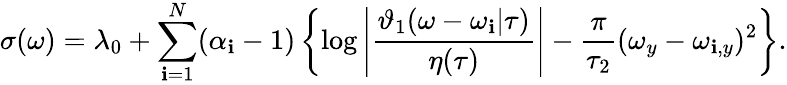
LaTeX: \sigma(\omega)=\lambda_{0}+\sum_{\mathbf{i}=1}^{N}(\alpha_{\mathbf{i}}-1)\left\{ \log\left|\frac{{\vartheta_{1}(\omega-\omega_{\mathbf{i}}|\tau)}}{{\eta(\tau)}}\right|-\frac{{\pi}}{{\tau_{2}}}(\omega_{y}-\omega_{\mathbf{i},y})^{2}\right\} .